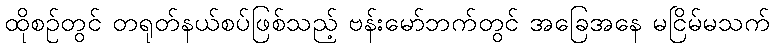
ထိုစဉ်တွင် တရုတ်နယ်စပ်ဖြစ်သည့် ဗန်းမော်ဘက်တွင် အခြေအနေ မငြိမ်မသက်